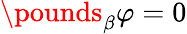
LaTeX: \pounds_{\beta}\varphi=0